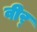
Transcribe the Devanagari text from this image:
वीर्